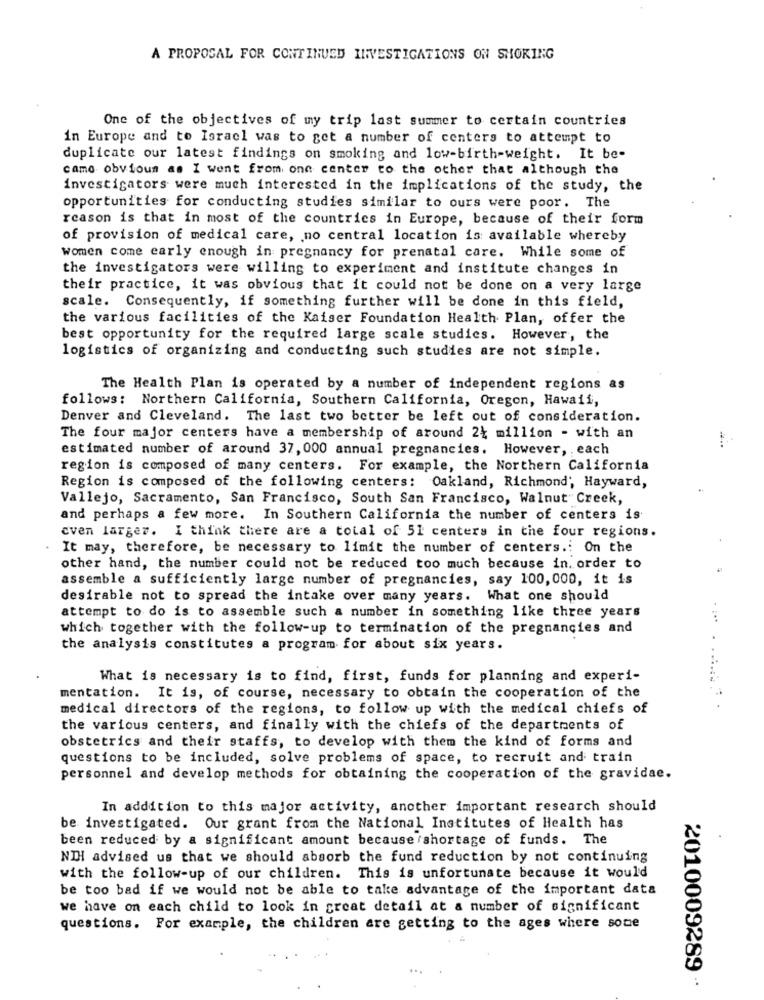
A PROPOSAL FOR CONTINUED INVESTIGATIONS ON SHORING
One of the objectives of my trip last summer to certain countries
in Europe and to Israel was to get a number of centers to attempt to
duplicate our latest findings on smoking and low-birth-weight. It be-
camo obvious as I went from one center to the other that although the
investigators were much interested in the implications of the study, the
opportunities for conducting studies similar to ours were poor. The
reason is that in most of the countries in Europe, because of their form
of provision of medical care, no central location is available whereby
women come early enough in pregnancy for prenatal care. While some of
the investigators were willing to experiment and institute changes in
their practice, it was obvious that it could not be done on a very large
scale. Consequently, if something further will be done in this field,
the various facilities of the Kaiser Foundation Health Plan, offer the
best opportunity for the required large scale studies. However, the
logistics of organizing and conducting such studies are not simple.
The Health Plan is operated by a number of independent regions as
follows: Northern California, Southern California, Oregon, Hawaii,
Denver and Cleveland. The last two better be left out of consideration.
The four major centers have a membership of around 24 million - with an
estimated number of around 37, 000 annual pregnancies. However, each
region is composed of many centers. For example, the Northern California
Region is composed of the following centers: Oakland, Richmond', Hayward,
Vallejo, Sacramento, San Francisco, South San Francisco, Walnut Creek,
and perhaps a few more. In Southern California the number of centers is
even larger. I think there are a total of 51 centers in the four regions.
It may, therefore, be necessary to limit the number of centers .: On the
other hand, the number could not be reduced too much because in, order to
assemble a sufficiently large number of pregnancies, say 100, 000, it is
desirable not to spread the intake over many years.
What one should
attempt to do is to assemble such a number in something like three years
which together with the follow-up to termination of the pregnancies and
the analysis constitutes a program for about six years.
What is necessary is to find, first, funds for planning and experi-
mentation. It is, of course, necessary to obtain the cooperation of the
medical directors of the regions, to follow up with the medical chiefs of
the various centers, and finally with the chiefs of the departments of
obstetrics and their staffs, to develop with them the kind of forms and
questions to be included, solve problems of space, to recruit and train
personnel and develop methods for obtaining the cooperation of the gravidae.
In addition to this major activity, another important research should
be investigated. Our grant from the National Institutes of Health has
been reduced by a significant amount because shortage of funds. The
NTH advised us that we should absorb the fund reduction by not continuing
with the follow-up of our children. This is unfortunate because it would
be too bad if we would not be able to take advantage of the important data
we have on each child to look in great detail at a number of significant
questions. For example, the children are getting to the ages where some
2010009289 ··